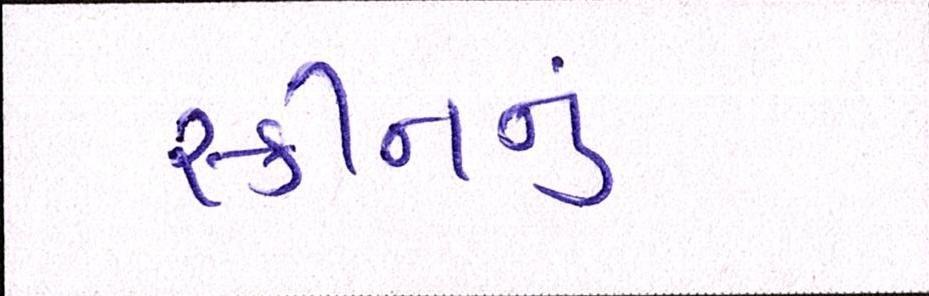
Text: સ્કીનનું